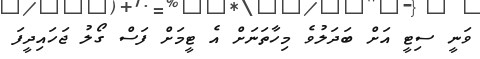
ވަނީ ސިޓީ އަށް ބަދަލުވެ މިހާތަނަށް އެ ޓީމަށް ފަސް ގޯލު ޖަހައިދީފަ